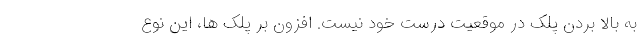
به بالا بردن پلک در موقعیت درست خود نیست. افزون بر پلک ها، این نوع